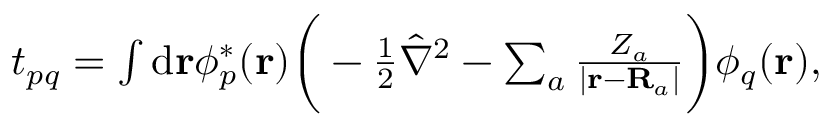
\begin{array} { r } { t _ { p q } = \int \mathrm { d } \mathbf r \phi _ { p } ^ { * } ( \mathbf r ) \bigg ( - \frac { 1 } { 2 } \hat { \nabla } ^ { 2 } - \sum _ { a } \frac { Z _ { a } } { | \mathbf r - \mathbf R _ { a } | } \bigg ) \phi _ { q } ( \mathbf r ) , } \end{array}